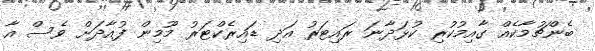
ބެންޗުމާކެއް ގާއިމުކުރި ކުޅަދާނަ ރައިޓަރު އަދި ޑައިރެކްޓަރު މޫމިން ފުއާދަށް ވެސް އާ